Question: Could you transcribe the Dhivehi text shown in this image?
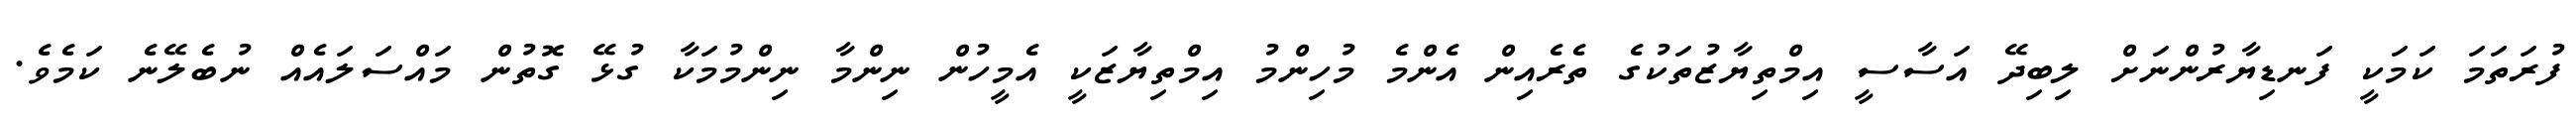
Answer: ފުރަތަމަ ކަމަކީ ފަނޑިޔާރުންނަށް ލިބިދޭ އަސާސީ އިމްތިޔާޒުތަކުގެ ތެރެއިން އެންމެ މުހިންމު އިމްތިޔާޒަކީ އެމީހުން ނިންމާ ނިންމުމަކާ ގުޅޭ ގޮތުން މައްސަލައެއް ނުބެލޭނެ ކަމެވެ.